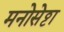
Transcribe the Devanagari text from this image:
मनोसेट्ठा